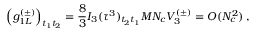
\left( g _ { 1 L } ^ { ( \pm ) } \right) _ { t _ { 1 } t _ { 2 } } = \frac { 8 } { 3 } I _ { 3 } ( \tau ^ { 3 } ) _ { t _ { 2 } t _ { 1 } } M N _ { c } V _ { 3 } ^ { ( \pm ) } = O ( N _ { c } ^ { 2 } ) \, ,